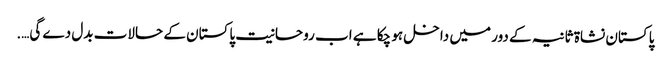
پاکستان نشاۃ ثانیہ کے دور میں داخل ہو چکا ہے اب روحانیت پاکستان کے حالات بدل دے گی….